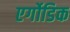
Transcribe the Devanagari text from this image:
एर्गोडिक